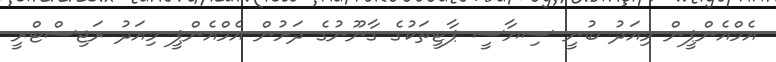
އެމްއެންޕީން މިއަދު ބުނީ ސިޔާސީ ޕާޓީތަކުގެ ގާނޫނުގެ ދަށުން އެމްއެންޕީ މިއަދު ރަޖިސްޓްރީ